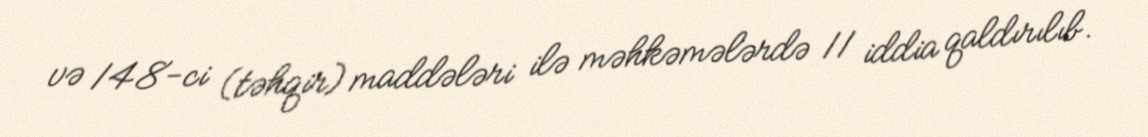
və 148-ci (təhqir) maddələri ilə məhkəmələrdə 11 iddia qaldırılıb.